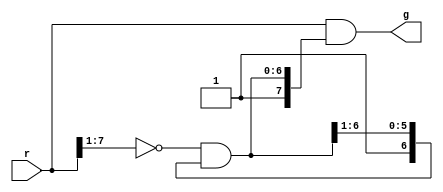
module RARb #(parameter n = 8)
	(r, g);
    input [n - 1 : 0] r;
    output [n - 1 : 0] g;
    wire [ n - 1  : 0 ] c = {1'b1, (~r[n-1:1] & c[n-1:1])};
    assign g = r & c;
endmodule